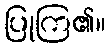
ပြုကြ၏။